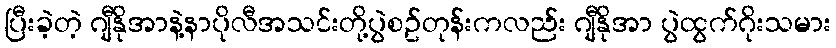
ပြီးခဲ့တဲ့ ဂျီနိုအာနဲ့နာပိုလီအသင်းတို့ပွဲစဥ်တုန်းကလည်း ဂျီနိုအာ ပွဲထွက်ဂိုးသမား